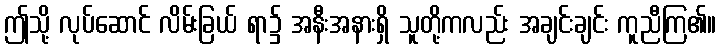
ဤသို့ လုပ်ဆောင် လိမ်းခြယ် ရာ၌ အနီးအနားရှိ သူတို့ကလည်း အချင်းချင်း ကူညီကြ၏။